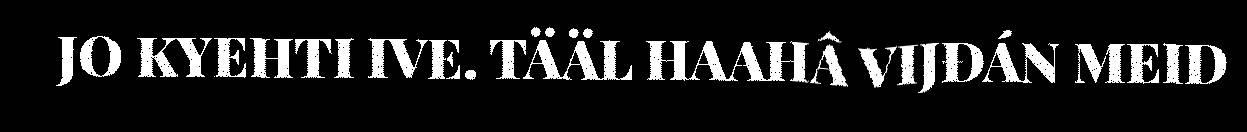
JO KYEHTI IVE. TÄÄL HAAHÂ VIJĐÁN MEID